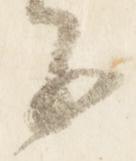
子